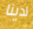
لدينا